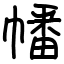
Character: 幡